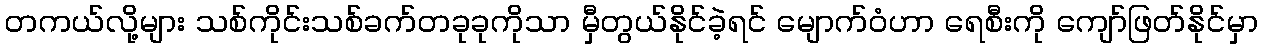
တကယ်လို့များ သစ်ကိုင်းသစ်ခက်တခုခုကိုသာ မှီတွယ်နိုင်ခဲ့ရင် မျောက်ဝံဟာ ရေစီးကို ကျော်ဖြတ်နိုင်မှာ